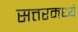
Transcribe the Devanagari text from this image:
सत्तरमध्ये